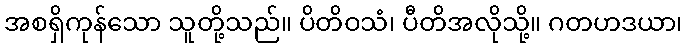
အစရှိကုန်သော သူတို့သည်။ ပိတိဝသံ၊ ပီတိအလိုသို့။ ဂတဟဒယာ၊